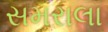
સમરાલા